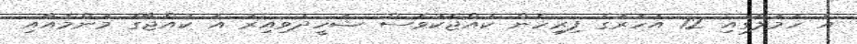
އެ ހަމަލާގައި 12 އަހަރުގެ ފިރިހެން ކުއްޖަކުވެސް ޝަހީދުވިއިރު އެ ކުއްޖާގެ މަންމައާއި